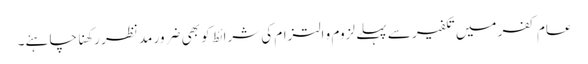
عام کفر میں تکفیر سے پہلے لزوم و التزام کی شرائط کو بھی ضرور مد نظر رکھنا چاہئے۔